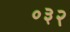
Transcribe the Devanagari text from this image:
०३२